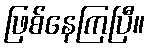
ဖြစ်နေကြပြီ။